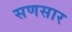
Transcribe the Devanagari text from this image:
सणसार